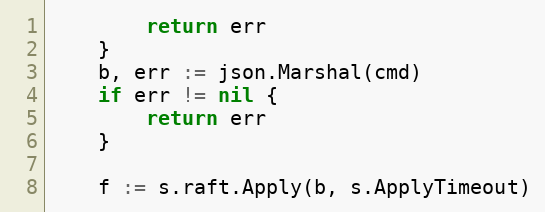
Language: Go
		return err
	}
	b, err := json.Marshal(cmd)
	if err != nil {
		return err
	}

	f := s.raft.Apply(b, s.ApplyTimeout)